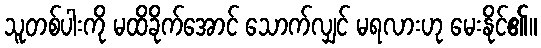
သူတစ်ပါးကို မထိခိုက်အောင် သောက်လျှင် မရလားဟု မေးနိုင်၏။